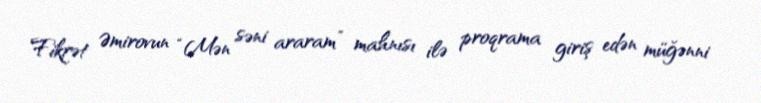
Fikrət Əmirovun “Mən səni araram” mahnısı ilə proqrama giriş edən müğənni